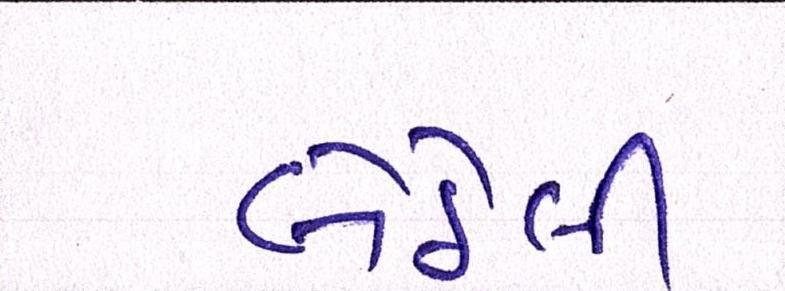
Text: બેઠેલી